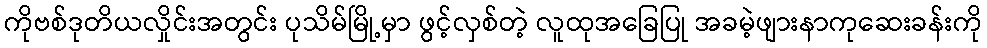
ကိုဗစ်ဒုတိယလှိုင်းအတွင်း ပုသိမ်မြို့မှာ ဖွင့်လှစ်တဲ့ လူထုအခြေပြု အခမဲ့ဖျားနာကုဆေးခန်းကို